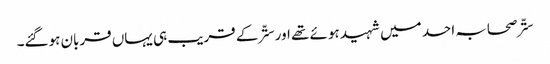
ستّر صحابہ احد میں شہید ہوئے تھے اور ستّر کے قریب ہی یہاں قربان ہوگئے۔